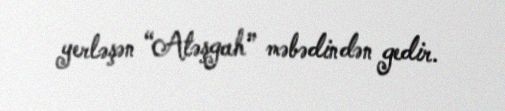
yerləşən “Atəşgah” məbədindən gedir.